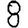
Digit: 8